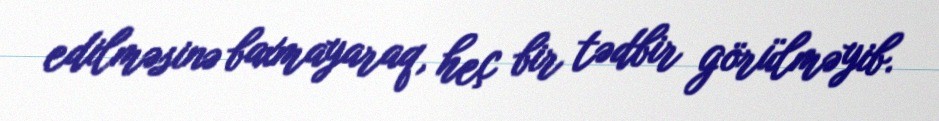
edilməsinə baxmayaraq, heç bir tədbir görülməyib.